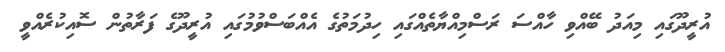
އުރީދޫގައި މިއަދު ބޭއްވި ހާއްސަ ރަސްމިއްޔާތެއްގައި ހިދުމަތުގެ އެއްބަސްވުމުގައި އުރީދޫގެ ފަރާތުން ސޮއިކުރެއްވީ